Annual report of the Bengal Veterinary College and of the Civil Veterinary Department, Bengal, for the year 1915-16 - 1915-1916
Year: 1915
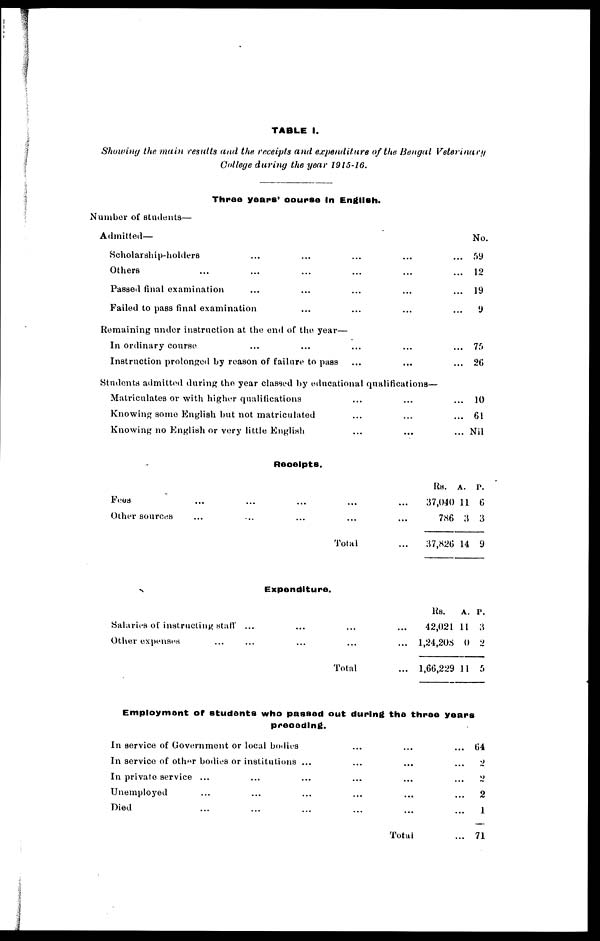
TABLE I.
Showing the main results and the receipts and expenditure of the Bengal
Veterinary
College during the year 1915-16.
Three years' course In English.
Number of students—
Admitted—
Scholarship-holders ... ... ... ... ...
Others ... ... ... ... ... ...
Passed final examination ... ... ... ... ...
Failed to pass final examination ... ... ... ...
Remaining under instruction at the end of the year—
In ordinary course ... ... ... ... ...
Instruction prolonged by reason of failure to pass ... ... ...
Students admitted during the year classed by educational qualifications—
Matriculates or with higher qualifications ... ... ...
Knowing some English but not matriculated ... ... ...
Knowing no English or very little English ... ... ...
No.
59
12
19
9
75
26
10
61
Nil
Receipts.
Fees ... ... ... ... ...
Other sources ... ... ... ...
Tota1 ...
Expenditure.
Salaries of instructing staff ... ... ... ...
Other expenses ... ... ... ...
Total
...
...
...
...
...
...
Rs. a. p.
37,040 11 6
786 3 3
37,826 14 9
Rs.
a. p.
42,021 11 3
1,24,208 0 2
1,66,229 11 5
Employment of students who passed out during the three years
preceding.
In service of Government or local bodies
In service of other bodies or institutions
In private service......
Unemployed......
Died
...
...
...
...
...
...
...
...
...
...
...
...
...
...
...
...
...
...
...
...
...
Total...
64
2
2
2
1
71